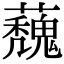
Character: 𮓀